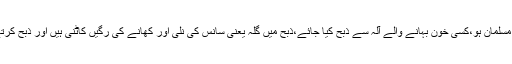
ذبح کرنے والا عاقل وبالغ مسلمان ہو،کسی خون بہانے والے آلہ سے ذبح کیا جائے،ذبح میں گلہ یعنی سانس کی نلی اور کھانے کی رگیں کاٹنی ہیں اور ذبح کرتے وقت اللہ کا نام لینا ہے ۔